Annual report on the lock hospitals of the Madras Presidency
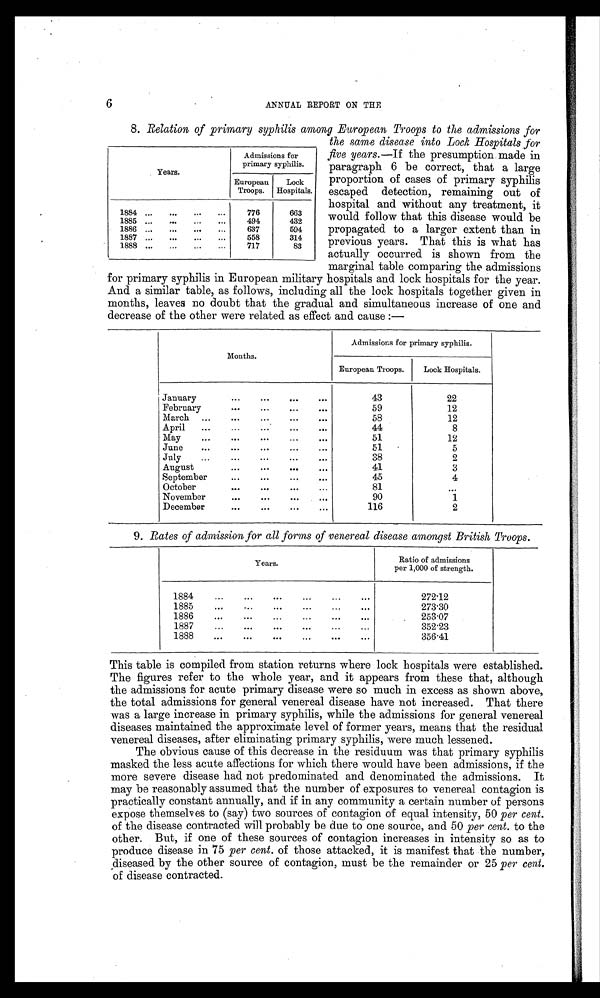
6 ANNUAL REPORT ON THE
8. Relation of primary syphilis among European Troops to the admissions for
the same disease into Lock Hospitals for
five years.—If the presumption made in
paragraph 6 be correct, that a large
proportion of cases of primary syphilis
escaped detection, remaining out of
hospital and without any treatment, it
would follow that this disease would be
propagated to a larger extent than in
previous years. That this is what has
actually occurred is shown from the
marginal table comparing the admissions
for primary syphilis in European military hospitals and lock hospitals for the year.
And a similar table, as follows, including all the lock hospitals together given in
months, leaves no doubt that the gradual and simultaneous increase of one and
decrease of the other were related as effect and cause :—
Months.
Admissions for primary syphilis.
European Troops.
Lock Hospitals.
January
...
...
...
...
43
22
February
...
...
. . .
59
12
March ...
...
...
. . .
58
12
April ... ...
...
...
44
8
May
...
...
...
...
51
12
June
...
...
...
. . .
51
5
July...
...
...
. . .
38
2
August
...
...
...
...
41
3
September
...
...
...
45
4
October
...
...
...
81
...
November
...
...
...
...
90
1
December
...
...
...
...
116
2
9. Rates of admission for all forms of venereal disease amongst British Troops.
Years.
Ratio of admissions
per 1,000 of strength.
1884
...
...
...
...
...
...
272.12
1885
...
.....
...
...
...
...
273.30
1886
...
...
...
...
...
...
253.07
1887
...
...
...
...
...
...
352.23
1888
...
...
...
...
...
...
356.41
This table is compiled from station returns where lock hospitals were established.
The figures refer to the whole year, and it appears from these that, although
the admissions for acute primary disease were so much in excess as shown above,
the total admissions for general venereal disease have not in creased. That there
was a large increase in primary syphilis, while the admissions for general venereal
diseases maintained the approximate level of former years, means that the residual
venereal diseases, after eliminating primary syphilis, were much lessened.
The obvious cause of this decrease in the residuum was that primary syphilis
masked the less acute affections for which there would have been admissions, if the
more severe disease had not predominated and denominated the admissions. It
may be reasonably assumed that the number of exposures to venereal contagion is
practically constant annually, and if in any community a certain number of persons
expose themselv es to (say) two sources of contagion of equal intensity, 50 per cent.
of the disease contracted will probably be due to one source, and 50 per cent. to the
other. But, if one of these sources of contagion increases in intensity so as to
produce disease in 75 per cent. of those attacked, it is manifest that the number,
diseased by the other source of contagion, must be the remainder or 25 per cent.
of disease contracted.
Years.
Admissions for
primary syphilis.
European
Troops.
Lock
Hospitals.
1884 ... ... ... ...
776
663
1885 ...
...
...
...
494
432
1886 ... ...
...
...
637
594
1887 ... ...
...
...
558
314
1888 ... ... ... ...
717
83